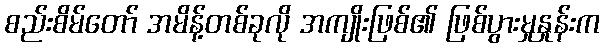
စည်းစိမ်တော် အမိန့်တစ်ခုလို အကျိုးဖြစ်၏ ဖြစ်ပွားမှုနှုန်းက